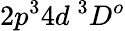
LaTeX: {2p^{3}4d~^{3}D^{o}}